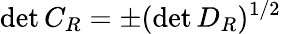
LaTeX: \operatorname*{d\mathrm{e}t}{C_{R}}=\pm(\operatorname*{d\mathrm{e}t}{D_{R}})^{1/2}